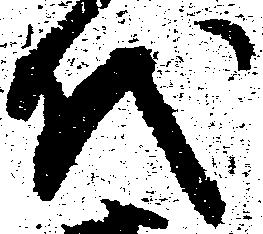
代